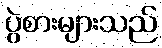
ပွဲစားများသည်